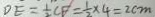
D E = \frac { 1 } { 2 } C F = \frac { 1 } { 2 } \times 4 = 2 c m